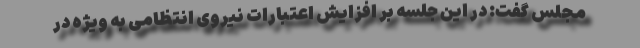
مجلس گفت: در این جلسه بر افزایش اعتبارات نیروی انتظامی به ویژه در